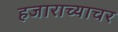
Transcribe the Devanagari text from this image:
हजाराच्याचर